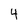
Character: 4